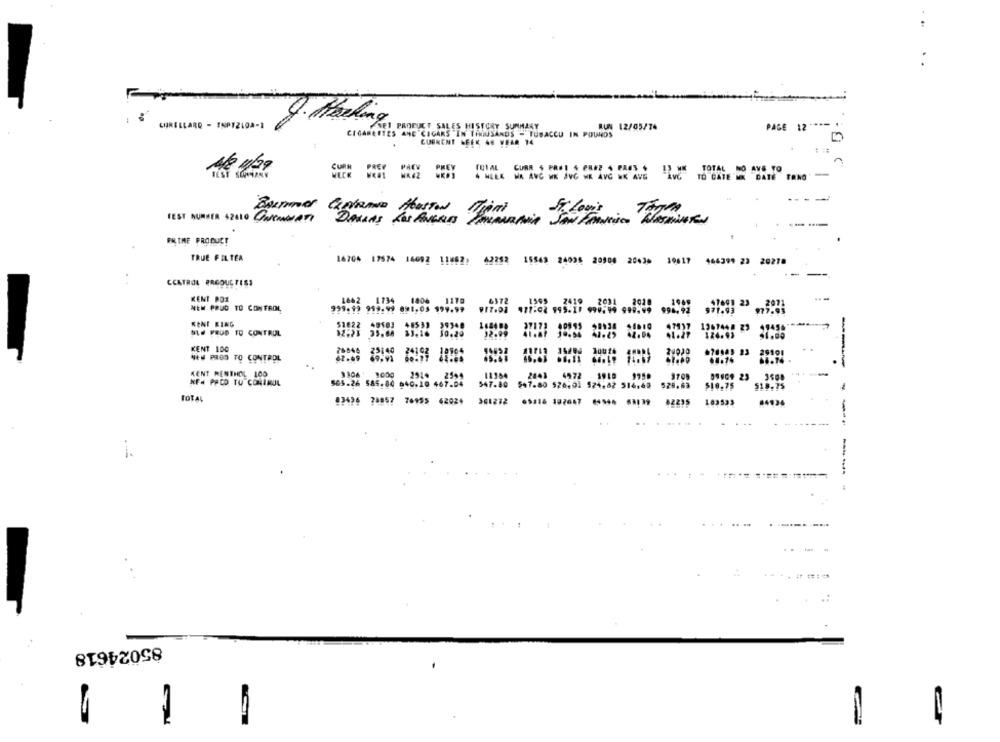
CORELLARO - TSP1219A-1
J. Banking
FART PRODUCT SALES HISTORY SUMMARY
RUN 12/05/74
PAGE 12
CIGARERTES ANE "CIGARS"IN TINIUSANDS - TUBACCU IN POUNDS
CURRENT LEEK AR WEAR 14
1
CURR
PREV
TOTAL NO AVS TO
4 WEEK NA ANG WK JVC K AVG NE AVE
Ave
TO GATE MI DATE TRNO
QuiRine HOUSTON
FEST NUMBER 52010 Cumaen
PRIME PRODUCT
TRUE FILTER
16766 17574 14092 11482: 42252
15569 24036 20508 20436 10617
464399 22 20278
CCATROL PRODUCTISS
KENT POR
1662
1734
1406
1170
2020
47691 23
NEW PRUD TO CONTROL
929.99 999.99 021.05 997.97
977:02 995-17 999.99 999.99
994.92
971.93
KENT EING
51622
49183
48533
99348
NLE PRUD TO CONTROL
12:23 35.68
10.20
1967448 23
KENT 100
25140
NEM PRED TO CONTROL
69,91
24102
KENT MENTHOL 100
1306 9000
2544
2001
4572
1918
NF# PRCD TU CONIROL
505-26 585.84 640,10 467.04
$47.99
$47.80 526-01 524.82 514.65
TOTAL
93436 74857 76955 62024
62235
i.
---
85024618